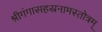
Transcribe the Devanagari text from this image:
श्रीगंगासहस्रनामस्तोत्रम्